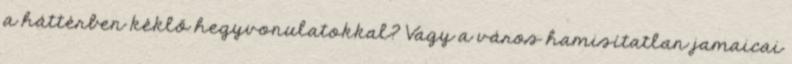
a háttérben kéklő hegyvonulatokkal? Vagy a város hamisítatlan jamaicai